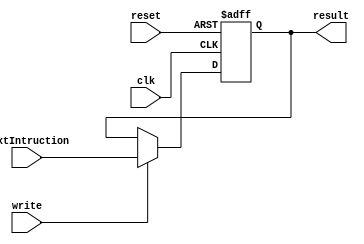
module program_counter(result, write, nextIntruction, reset, clk);
	input clk;
	input write; // law write = 1, kda ma3naha te2dar t7ot 7aga fl PC
	input reset;  //law reset = 1, then raga3 el PC b zero mn el awel
	input [31:0] nextIntruction;
	output reg [31:0] result;

	/*initial begin
		result <= 0;
	end*/

	always @(posedge clk, posedge reset) begin

		if (reset)
			result <= 0;  //raga3 el pc lel initial value

		else begin
			if (write)
				result <= nextIntruction;
		end

	end

endmodule